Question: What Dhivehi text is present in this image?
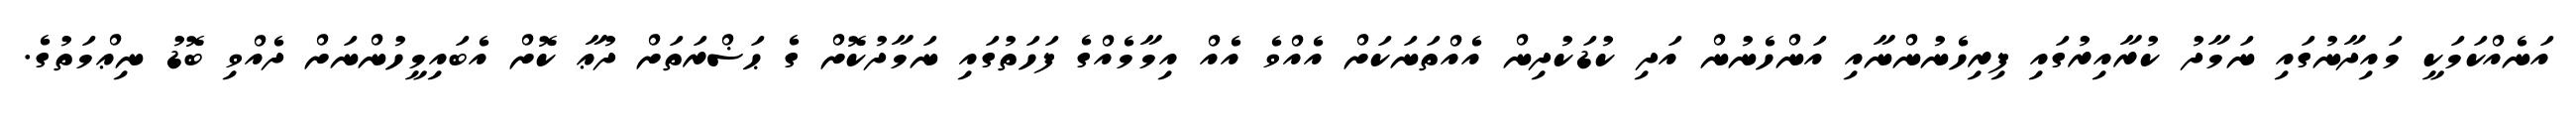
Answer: އަނެއްކަމަކީ މައިދާނުގައި ނަމާދު ކުރާއިރުގައި ފިރިހެނުންނާއި އަންހެނުން އަދި ކުޑަކުދިން އެއްތަނަކަށް އެއްވެ އެއް އިމާމެއްގެ ފަހަތުގައި ނަމާދުކޮށް ގެ ޙަޟްރަތަށް ދުޢާ ކޮށް އެބައިމީހުންނަށް ދެއްވި ބޮޑު ނިޢްމަތުގެ.